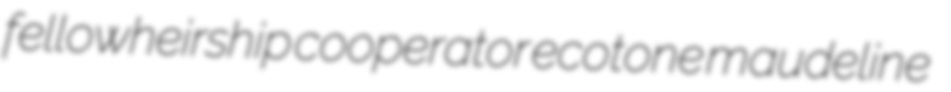
fellowheirship cooperator ecotone maudeline